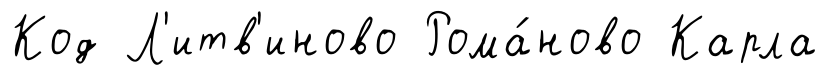
Код Л'итв'иново Рома́ново Карла